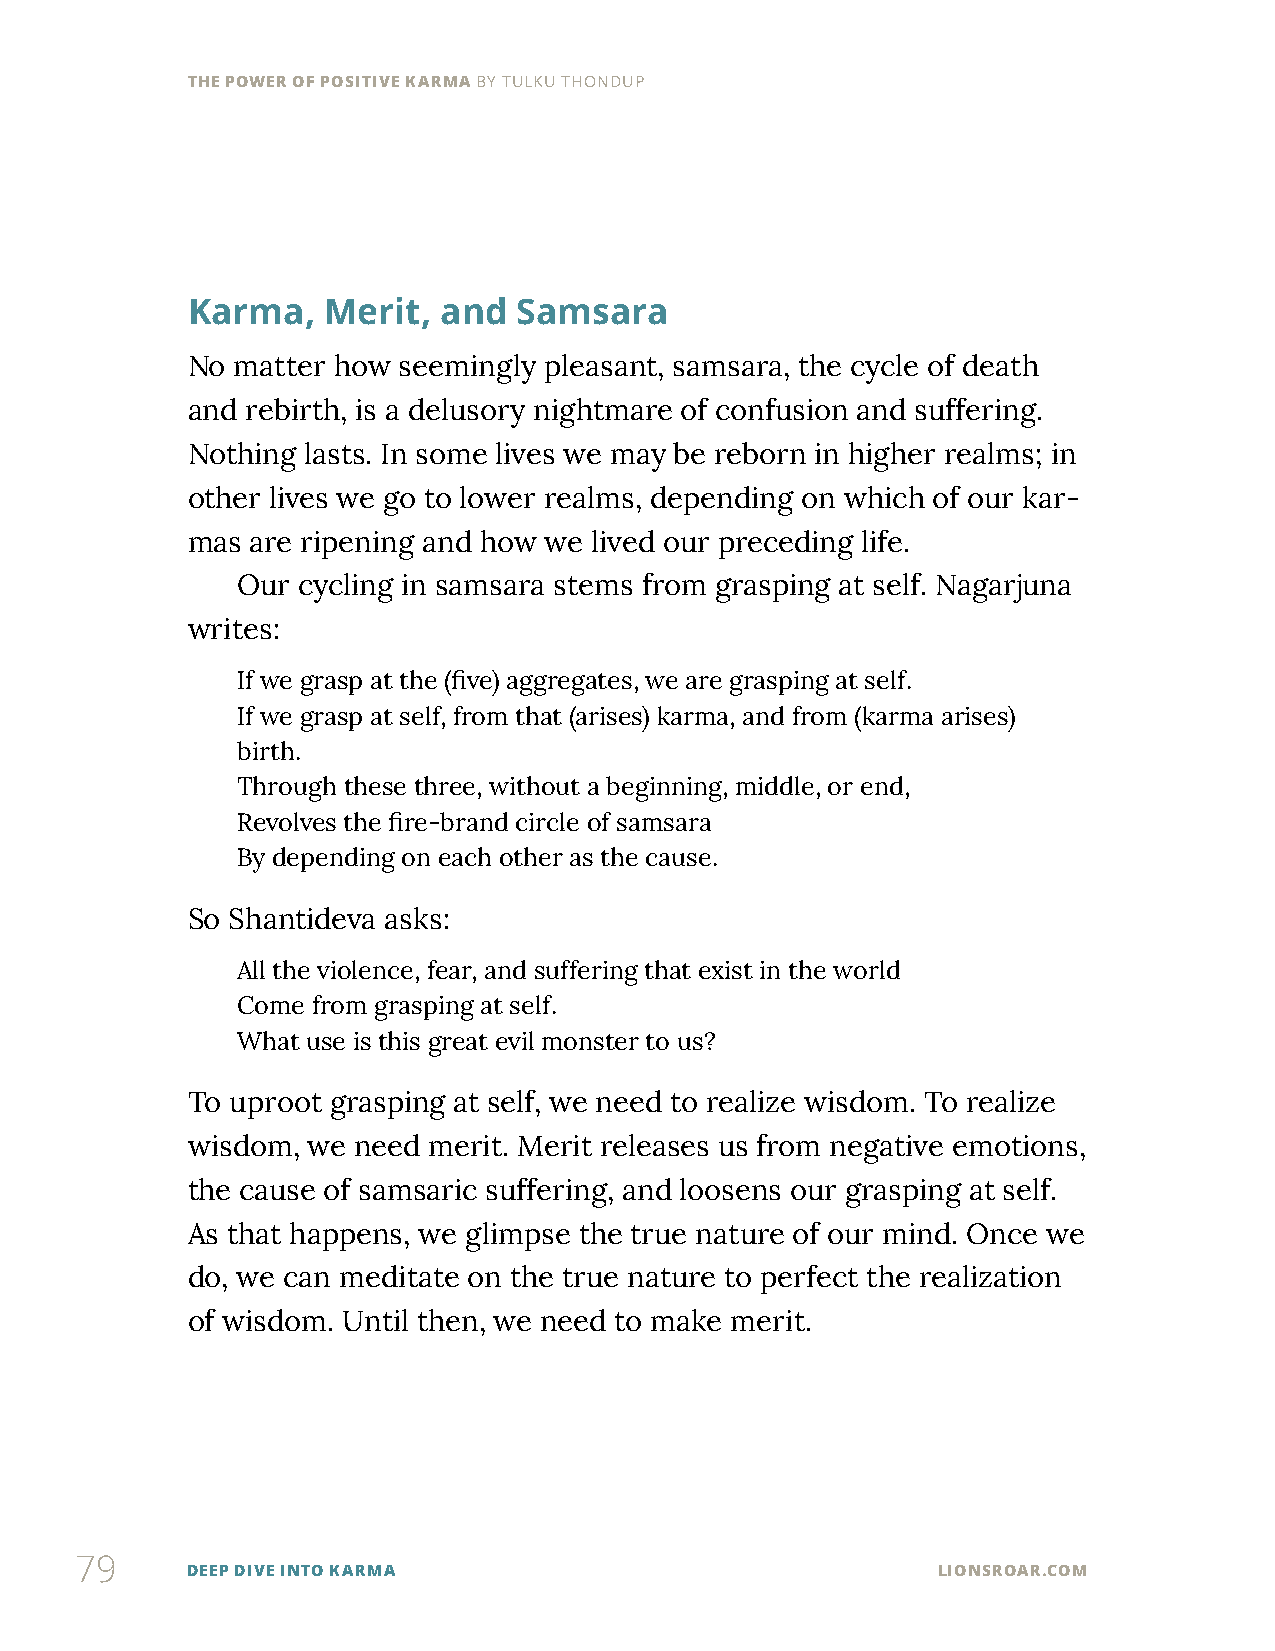
THE POWER OF POSITIVE KARMA BY TULKU THONDUP
 Karma,   Merit,  and  Samsara
 No  matter how seemingly pleasant, samsara, the cycle of death
 and rebirth, is a delusory nightmare of confusion and suffering.
 Nothing lasts. In some lives we may be reborn in higher realms; in
 other lives we go to lower realms, depending on which of our kar-
 mas  are ripening and how we lived our preceding life.
 Our cycling in samsara stems from grasping at self. Nagarjuna
 writes:
 If we grasp at the (five) aggregates, we are grasping at self.
 If we grasp at self, from that (arises) karma, and from (karma arises)
 birth.
 Through these three, without a beginning, middle, or end,
 Revolves the fire-brand circle of samsara
 By depending on each other as the cause.
 So Shantideva asks:
 All the violence, fear, and suffering that exist in the world
 Come from grasping at self.
 What use is this great evil monster to us?
 To uproot grasping at self, we need to realize wisdom. To realize
 wisdom, we need merit. Merit releases us from negative emotions,
 the cause of samsaric suffering, and loosens our grasping at self.
 As that happens, we glimpse the true nature of our mind. Once we
 do, we can meditate on the true nature to perfect the realization
 of wisdom. Until then, we need to make merit.
 79
 DEEP DIVE INTO KARMA                              LIONSROAR.COM